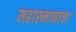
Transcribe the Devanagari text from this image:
महास्नानाचा